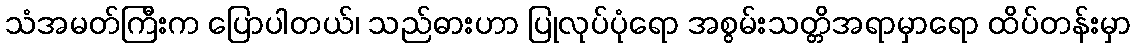
သံအမတ်ကြီးက ပြောပါတယ်၊ သည်ဓားဟာ ပြုလုပ်ပုံရော အစွမ်းသတ္တိအရာမှာရော ထိပ်တန်းမှာ